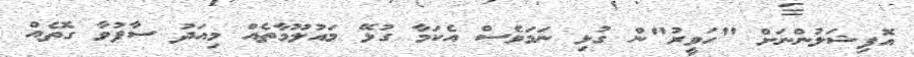
އޮފިޝަލުންނަށް "ހަވީރު"ން ގުޅި ނަމަވެސް އެކަމާ ގުޅޭ މައުލޫމާތެއް މިއަދު ސާފުވާ ގޮތެއް